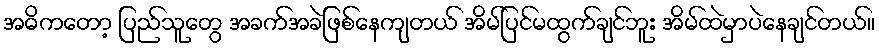
အဓိကတော့ ပြည်သူတွေ အခက်အခဲဖြစ်နေကျတယ် အိမ်ပြင်မထွက်ချင်ဘူး အိမ်ထဲမှာပဲနေချင်တယ်။